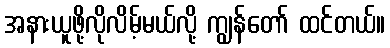
အနားယူဖို့လိုလိမ့်မယ်လို့ ကျွန်တော် ထင်တယ်။